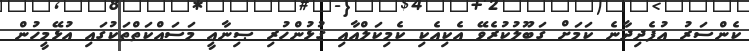
ކެންސަރު އުފެދިދާނެ ކަމަށް ގަބޫލުުކުރެވޭ އެކިއެކި ކެމިކަލްއާއި ގުޅުންހުރި ޞިނާޢީ މަސައްކަތްތަކުގައި އުޅޭމީހުން